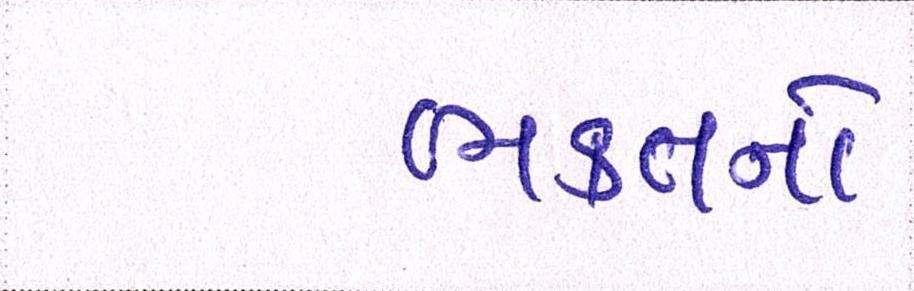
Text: ભક્તનો